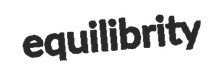
equilibrity